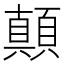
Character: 顛